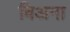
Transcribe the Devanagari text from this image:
विअना